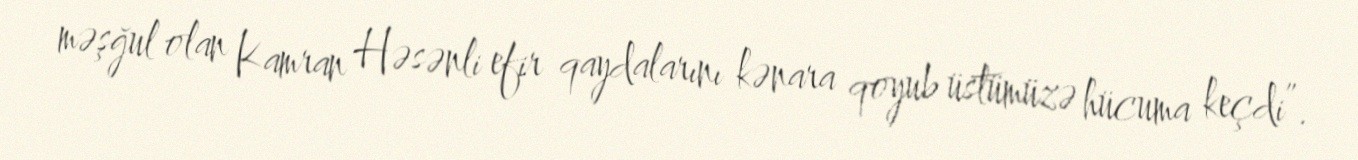
məşğul olan Kamran Həsənli efir qaydalarını kənara qoyub üstümüzə hücuma keçdi”.